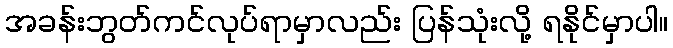
အခန်းဘွတ်ကင်လုပ်ရာမှာလည်း ပြန်သုံးလို့ ရနိုင်မှာပါ။